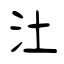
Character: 汢